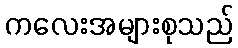
ကလေးအများစုသည်